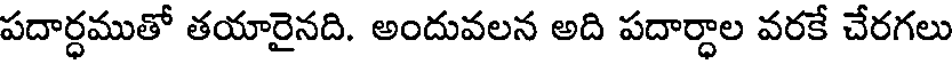
పదార్ధముతో తయారైనది. అందువలన అది పదార్ధాల వరకే చేరగలు